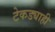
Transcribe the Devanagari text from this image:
टेकड्याही